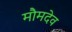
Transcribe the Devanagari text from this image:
मौमदेव